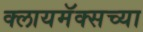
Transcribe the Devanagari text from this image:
क्लायमॅक्सच्या